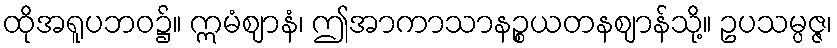
ထိုအရူပဘဝ၌။ ဣမံဈာနံ၊ ဤအာကာသာနဉ္စယတနဈာန်သို့။ ဥပသမ္ပဇ္ဇ၊